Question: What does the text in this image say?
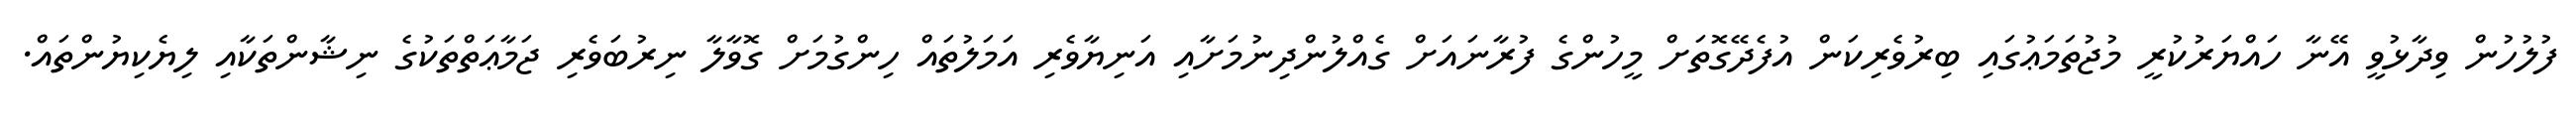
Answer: ފުލުހުން ވިދާޅުވީ އޭނާ ހައްޔަރުކުރީ މުޖުތަމަޢުގައި ބިރުވެރިކަން އުފެދޭގޮތަށް މީހުންގެ ފުރާނައަށް ގެއްލުންދިނުމަށާއި އަނިޔާވެރި އަމަލުތައް ހިންގުމަށް ގޮވާލާ ނިރުބަވެރި ޖަމާޢަތްތަކުގެ ނިޝާންތަކާއި ލިޔެކިޔުންތައް.